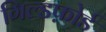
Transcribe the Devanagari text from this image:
गिल्डफ़ोर्ड